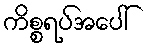
ကိစ္စရပ်အပေါ်